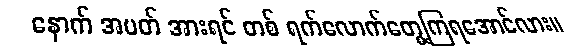
နောက် အပတ် အားရင် တစ် ရက်လောက်တွေ့ကြရအောင်လား။